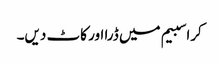
کراسبیم میں ڈرا اور کاٹ دیں۔